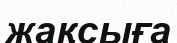
жақсыға